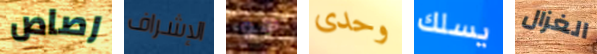
رصاص الإشراف هو وحدى يسلك الغزال